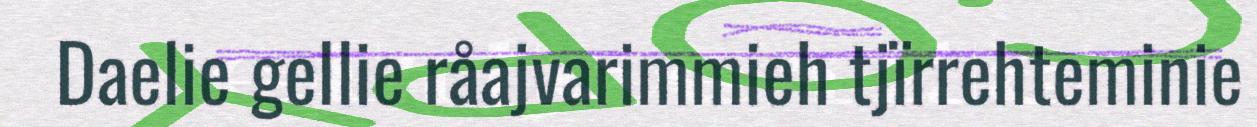
Daelie gellie råajvarimmieh tjïrrehteminie